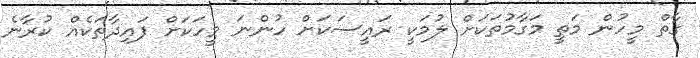
ގާތް މީހުން މަތީ މަގާމުތަކަށް ލުމަކީ ރައީސަކަށް ހުންނަ މީހަކަށް ފައިދާތަކެއް ކުރާނެ